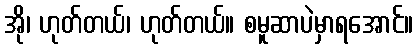
အို၊ ဟုတ်တယ်၊ ဟုတ်တယ်။ စမူဆာပဲမှာရအောင်။